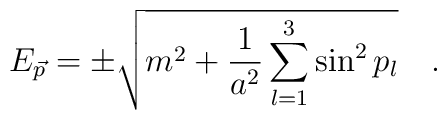
E_{\vec{p}}=\pm \sqrt{m^2 +\frac{1}{a^2 }\sum_{l=1}^{3}\sin ^{2}p_{l}}\quad .